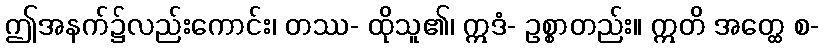
ဤအနက်၌လည်းကောင်း၊ တဿ- ထိုသူ၏၊ ဣဒံ- ဥစ္စာတည်း။ ဣတိ အတ္ထေ စ-